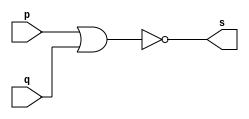
// ---------------------
// Exercicio02 - nor
// Nome: Jenifer Henrique
// --------------------- 
 
// --------------------- 
// -- nor gate 
// --------------------- 
 
module norgate (output [0:3] s, 
                             input   [0:3] p, 
                             input   [0:3] q); 
 assign s = ~(p | q); 
endmodule // nor
 
// --------------------- 
// -- test norgate 
// --------------------- 
module testnorgate; 
// ------------------------- dados locais 
   reg  [0:3] a,b; // definir registrador 
   wire [0:3] s;    // definir conexao (fio) 
// ------------------------- instancia 
   norgate NOR1 (s, a, b);  
// ------------------------- preparacao 
   initial begin:start 
      a=4'b0011;   // 4 valores binarios 
      b=4'b0101;   // 4 valores binarios 
   end 
 
// ------------------------- parte principal 
   initial begin:main 
      $display("Exercicio02 - Jenifer Henrique - 427420.");
      $display("Test nor gate"); 
      $display("\n ~(a   &   b)  =   s\n"); 
      $monitor("~(%b & %b) = %b", a, b, s); 
  #1  a=4'b0000;    b=4'b0001;     
  #1  a=4'b0010;    b=4'b0011;  
  #1  a=4'b0100;    b=4'b0101;  
  #1  a=4'b0110;    b=4'b0111;    
  #1  a=4'b1000;    b=4'b1001;     
  #1  a=4'b1010;    b=4'b1011;    
 
 end 
 
endmodule // testnorgate